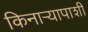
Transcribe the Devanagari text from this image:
किनाऱ्यापाशी